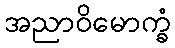
အညာဝိမောက္ခံ